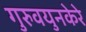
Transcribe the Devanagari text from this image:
गुरुवयुनकेरे